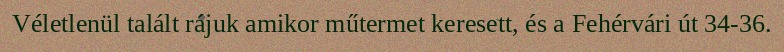
Véletlenül talált rájuk amikor műtermet keresett, és a Fehérvári út 34‐36.